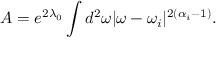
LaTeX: A = e ^ { 2 \lambda _ { 0 } } \int d ^ { 2 } \omega | \omega - \omega _ { i } | ^ { 2 ( \alpha _ { i } - 1 ) } .